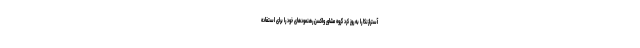
آسترازنکا را به روز کرد گروه مشاور واکسن رهنمودهای خود را برای استفاده